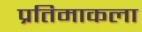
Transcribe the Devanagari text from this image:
प्रतिमाकला